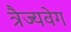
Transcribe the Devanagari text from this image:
त्रैज्यवेग